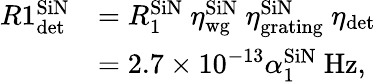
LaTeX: \begin{array}{rl}{R1_{\textrm{det}}^{\textrm{SiN}}}&{=R_{1}^{\textrm{SiN}}\ \eta_{\textrm{wg}}^{\textrm{SiN}}\ \eta_{\textrm{grating}}^{\textrm{SiN}}\ \eta_{\textrm{det}}}\\ &{=2.7\times 10^{-13}\alpha_{1}^{\textrm{SiN}}\ \textrm{Hz},}\end{array}